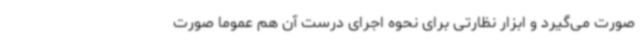
صورت می‌گیرد و ابزار نظارتی برای نحوه اجرای درست آن هم عموما صورت